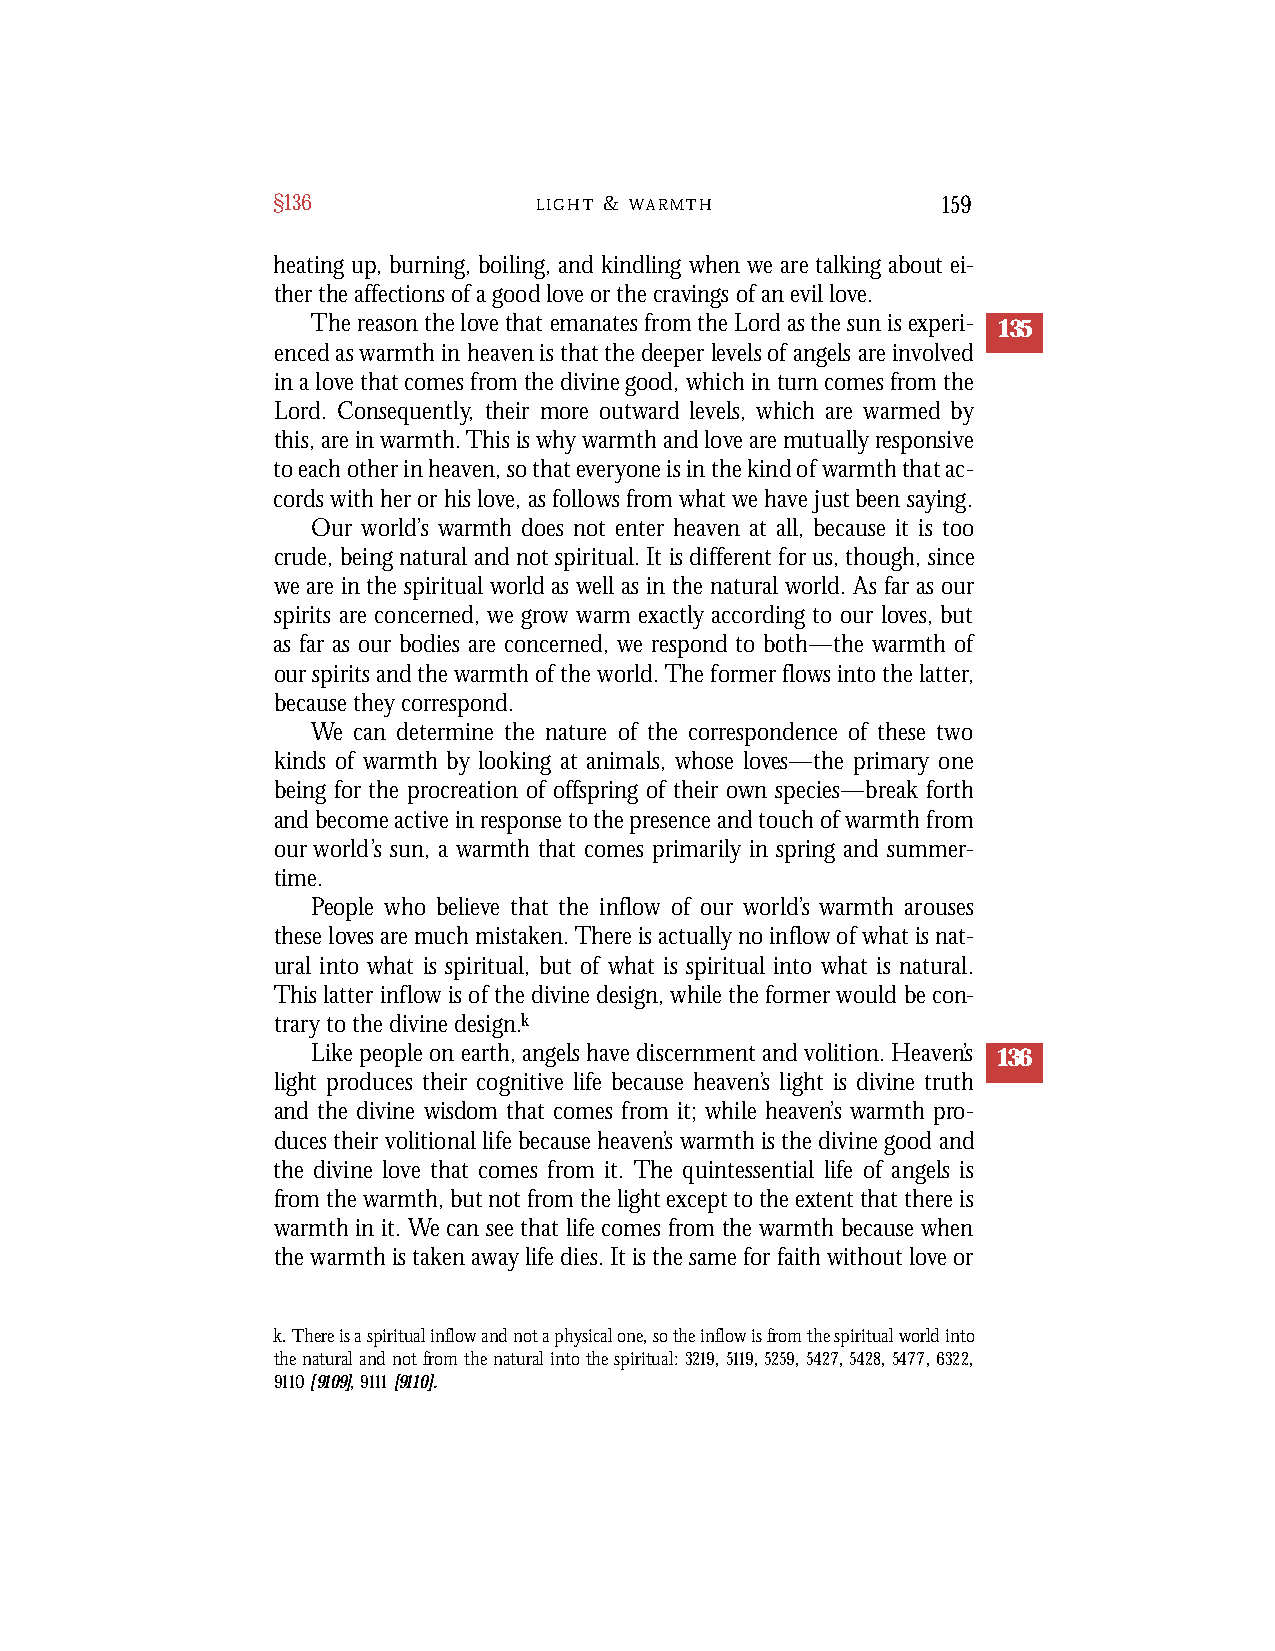
§136             L I G H T & W A R M T H    159
 heating up, burning, boiling, and kindling when we are talking about ei-
 ther the affections of a good love or the cravings of an evil love.
 The reasonthelovethat emanatesfromtheLordasthesunisexperi- 135
 encedaswarmthin heavenisthatthedeeperlevelsofangelsareinvolved
 inalove thatcomesfromthedivinegood,whichinturncomesfromthe
 Lord. Consequently, their more outward levels, which are warmed by
 this,areinwarmth.Thisiswhywarmthandlovearemutuallyresponsive
 toeachotherinheaven,sothateveryoneisinthekindofwarmththatac-
 cordswithherorhislove,asfollowsfromwhatwehavejustbeensaying.
 Our world’s warmth does not enter heaven at all, because it is too
 crude, being natural and not spiritual. It is different for us, though, since
 we are in the spiritual world as well as in the natural world. As far as our
 spirits are concerned, we grow warm exactly according to our loves, but
 as far as our bodies are concerned, we respond to both—the warmth of
 our spirits and the warmth of the world. The former flows into the latter,
 because they correspond.
 We can determine the nature of the correspondence of these two
 kinds of warmth by looking at animals, whose loves—the primary one
 being for the procreation of offspring of their own species—break forth
 and become active in response to the presence and touch of warmth from
 our world’s sun, a warmth that comes primarily in spring and summer-
 time.
 People who believe that the inflow of our world’s warmth arouses
 these loves are much mistaken. There is actually no inflow of what is nat-
 ural into what is spiritual, but of what is spiritual into what is natural.
 This latter inflow is of the divine design, while the former would be con-
 trary to the divine design.k
 Like people on earth, angels have discernment and volition. Heaven’s 136
 light produces their cognitive life because heaven’s light is divine truth
 and the divine wisdom that comes from it; while heaven’s warmth pro-
 duces their volitional life because heaven’s warmth is the divine good and
 the divine love that comes from it. The quintessential life of angels is
 from the warmth, but not from the light except to the extent that there is
 warmth in it. We can see that life comes from the warmth because when
 the warmth is taken away life dies. It is the same for faith without love or
 k. There is a spiritual inflow and not a physical one, so the inflow is from the spiritual world into
 the natural and not from the natural into the spiritual: 3219,5119,5259,5427,5428,5477,6322,
 9110[9109], 9111[9110].